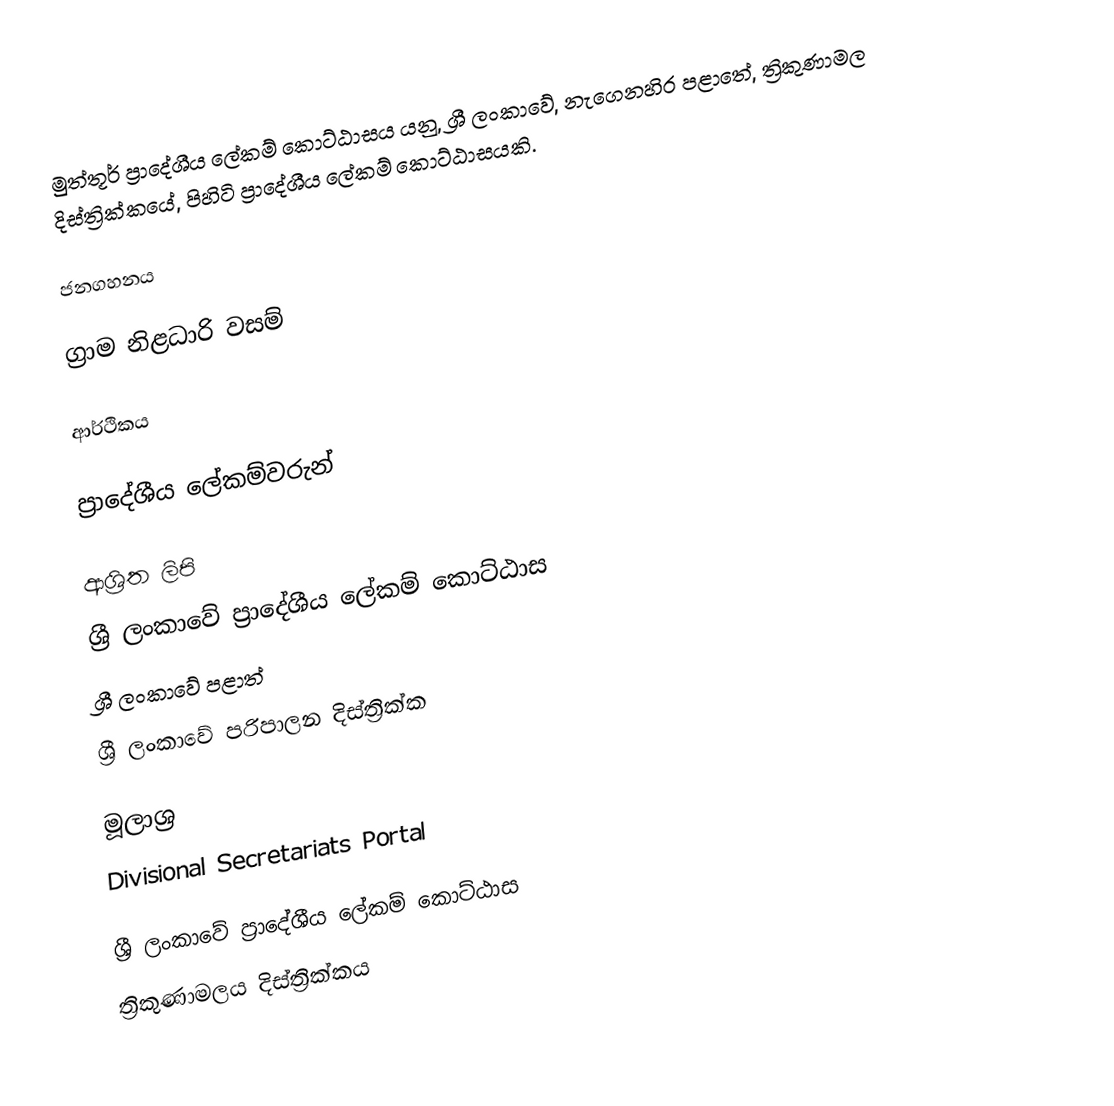
මුත්තූර් ප්‍රාදේශීය ලේකම් කොට්ඨාසය යනු,  ශ්‍රී ලංකාවේ, නැගෙනහිර පළාතේ,   ත්‍රිකුණාමල දිස්ත්‍රික්කයේ, පිහිටි ප්‍රාදේශීය ලේකම් කොට්ඨාසයකි.

ජනගහනය

ග්‍රාම නිළධාරි වසම්

ආර්ථිකය

ප්‍රාදේශීය ලේකම්වරුන්

ආශ්‍රිත ලිපි
ශ්‍රී ලංකාවේ ප්‍රාදේශීය ලේකම් කොට්ඨාස
ශ්‍රී ලංකාවේ පළාත්
ශ්‍රී ලංකාවේ පරිපාලන දිස්ත්‍රික්ක

මූලාශ්‍ර
 Divisional Secretariats Portal

ශ්‍රී ලංකාවේ ප්‍රාදේශීය ලේකම් කොට්ඨාස
ත්‍රිකුණාමලය දිස්ත්‍රික්කය